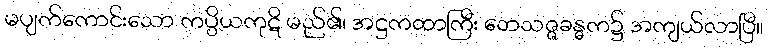
မပျက်ကောင်းသော ကပ္ပိယကုဋိ မည်၏၊ အဋ္ဌကထာကြီး ဘေသဇ္ဇခန္ဓက၌ အကျယ်လာပြီ။